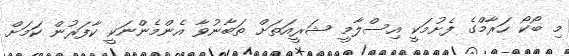
މި ބޯކޯ ހަރާމްގެ ފެށުމަކީ އިސްލާމީ ޝަރީއަތަށް ތަބާނުވާ އެންމެންނަކީ ކާފަރުން ކަމަށް